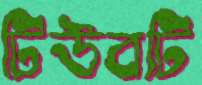
টিউবটি